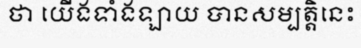
ថា យើងទាំងឡាយ បានសម្បត្តិនេះ